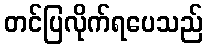
တင်ပြလိုက်ရပေသည်